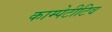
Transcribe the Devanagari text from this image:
काम्पेटीटिव